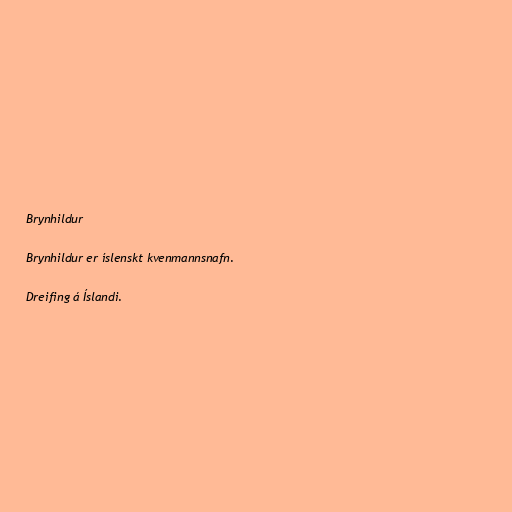
Brynhildur

Brynhildur er íslenskt kvenmannsnafn.

Dreifing á Íslandi.